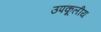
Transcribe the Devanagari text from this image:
उपकूलीय